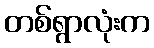
တစ်ရွာလုံးက